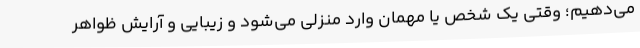
می‌دهیم؛ وقتی یک شخص یا مهمان وارد منزلی می‌شود و زیبایی و آرایش ظواهر